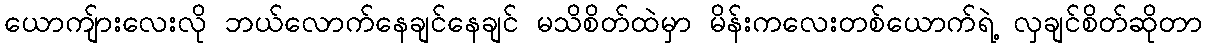
ယောကျ်ားလေးလို ဘယ်လောက်နေချင်နေချင် မသိစိတ်ထဲမှာ မိန်းကလေးတစ်ယောက်ရဲ့ လှချင်စိတ်ဆိုတာ